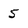
Character: 5